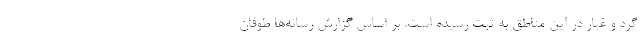
گرد و غبار در این مناطق به ثبت رسیده است. بر اساس گزارش رسانه‌ها طوفان